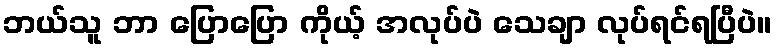
ဘယ်သူ ဘာ ပြောပြော ကိုယ့် အလုပ်ပဲ သေချာ လုပ်ရင်ရပြီပဲ။